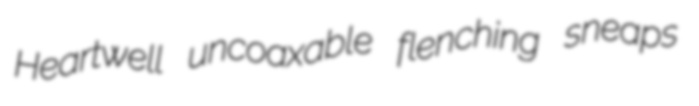
Heartwell uncoaxable flenching sneaps